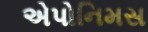
એપોનિમસ